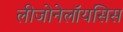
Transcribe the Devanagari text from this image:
लीजोनेलॉयसिस